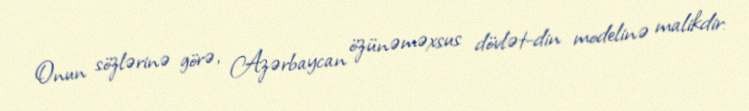
Onun sözlərinə görə, Azərbaycan özünəməxsus dövlət-din modelinə malikdir: